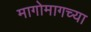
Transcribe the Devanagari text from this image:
मागोमागच्या